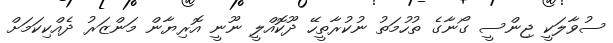
ސުވާލަކީ ޖިންސީ ގޯނާގެ ތުހުމަތު ނުކުރާތީހޭ ދޫކޮއްލީ ނޫނީ އޮރިޔާން މަންޒަރު ދެއްކިކަމަށް